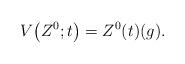
LaTeX: \begin{align*} V\bigl(Z^0;t\bigr)=Z^0(t) (g).\end{align*}